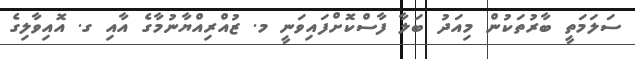
ސަލަމަތީ ބާރުތަކުން މިއަދު ބަލާ ފާސްކޮށްފައިވަނީ މ. ޒުއްރިއްޔާނުމާގެ އާއި ގ. އޮއިވާލިގެ